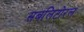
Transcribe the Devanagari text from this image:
सबलिटोरल